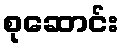
စုဆောင်း